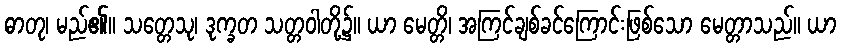
ဓာတု၊ မည်၏။ သတ္တေသု၊ ဒုက္ခတ သတ္တဝါတို့၌။ ယာ မေတ္တိ၊ အကြင်ချစ်ခင်ကြောင်းဖြစ်သော မေတ္တာသည်။ ယာ